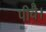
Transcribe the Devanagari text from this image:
पीवै।